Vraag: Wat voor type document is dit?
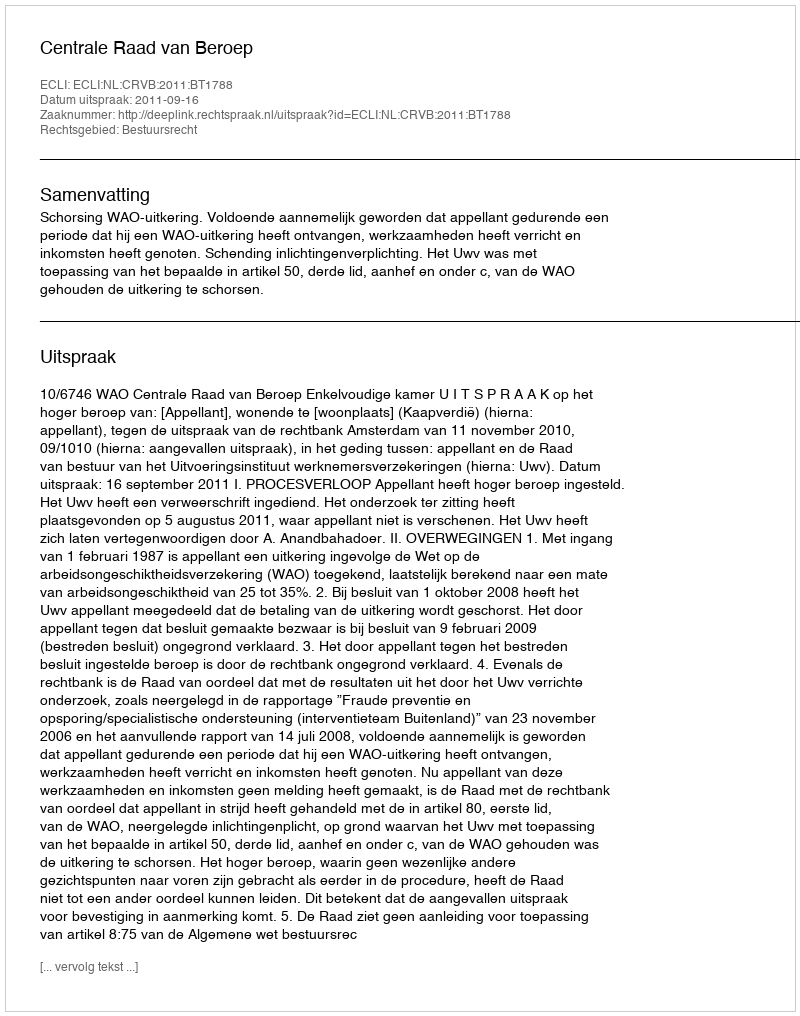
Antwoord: Uitspraak